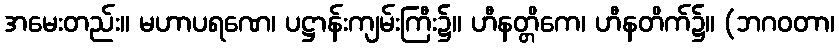
အမေးတည်း။ မဟာပရဏေ၊ ပဋ္ဌာန်းကျမ်းကြီး၌။ ဟီနတ္တိကေ၊ ဟီနတိက်၌။ (ဘဂဝတာ၊